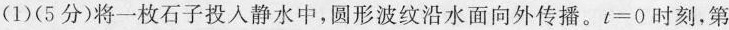
(1)(5分)将一枚石子投入静水中，圆形波纹沿水面向外传播。$$t = 0$$时刻，第